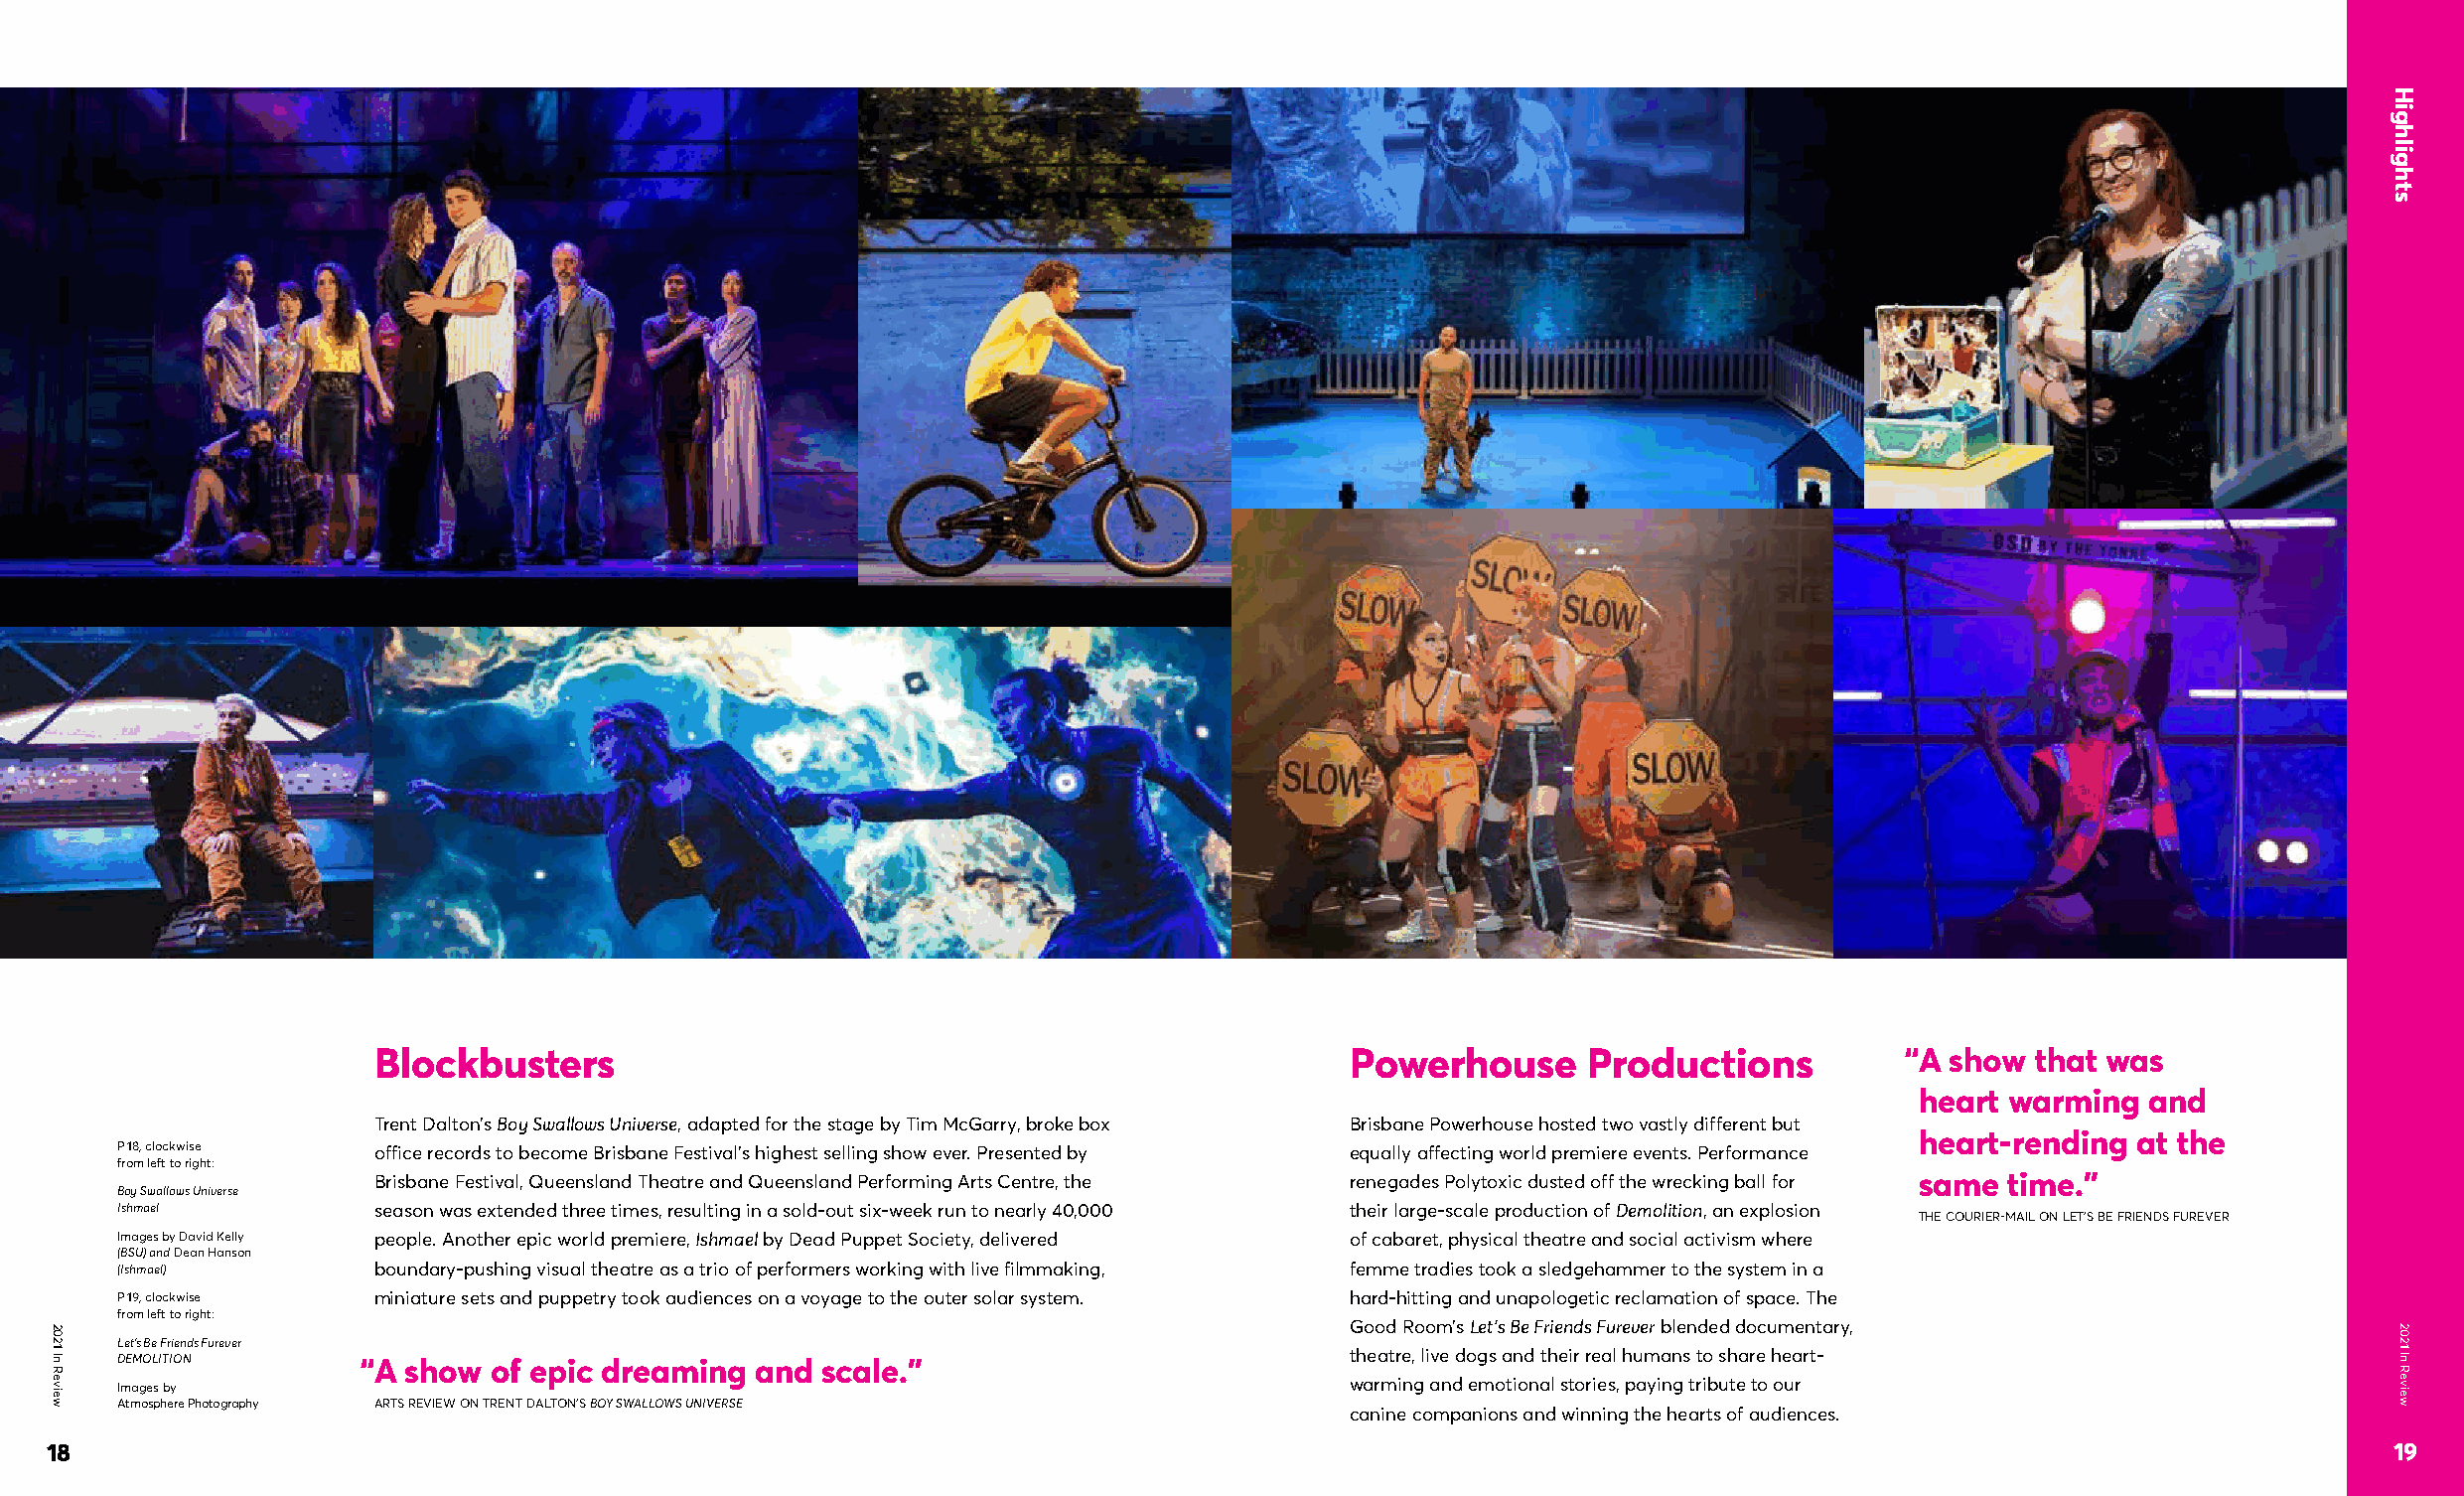
Blockbusters                                                     Powerhouse      Productions          “A show  that was
 heart warming  and
 Trent Dalton’s Boy Swallows Universe, adapted for the stage by Tim McGarry, broke box Brisbane Powerhouse hosted two vastly different but
 heart-rending at the
 P 18, clockwise  office records to become Brisbane Festival’s highest selling show ever. Presented by equally affecting world premiere events. Performance
 from left to right:
 Brisbane Festival, Queensland Theatre and Queensland Performing Arts Centre, the renegades Polytoxic dusted off the wrecking ball for same time.”
 Boy Swallows Universe
 Ishmael          season was extended three times, resulting in a sold-out six-week run to nearly 40,000 their large-scale production of Demolition, an explosion
 THE COURIER-MAIL ON LET’S BE FRIENDS FUREVER
 Images by David Kelly people. Another epic world premiere, Ishmael by Dead Puppet Society, delivered of cabaret, physical theatre and social activism where
 (BSU) and Dean Hanson
 (Ishmael)        boundary-pushing visual theatre as a trio of performers working with live filmmaking, femme tradies took a sledgehammer to the system in a
 P 19, clockwise  miniature sets and puppetry took audiences on a voyage to the outer solar system. hard-hitting and unapologetic reclamation of space. The
 from left to right:
 Good Room’s Let’s Be Friends Furever blended documentary,
 Let’s Be Friends Furever
 theatre, live dogs and their real humans to share heart- DEMOLITION “A show of epic dreaming and scale.”
 Images by                                                                         warming and emotional stories, paying tribute to our
 Atmosphere Photography ARTS REVIEW ON TRENT DALTON’S BOY SWALLOWS UNIVERSE        canine companions and winning the hearts of audiences.
 18                                                                                                                                                          19
 2021
 In
 Review
 Highlights
 2021
 In
 Review